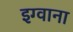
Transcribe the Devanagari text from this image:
इग्वाना